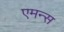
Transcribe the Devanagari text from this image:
एमन्स